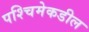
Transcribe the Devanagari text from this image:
पश्‍चिमेकडील